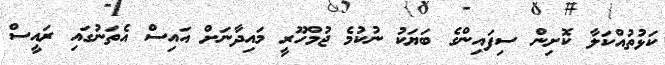
ކަޅުތުއްކަލާ ކޮށިން ސިފައިންގެ ބަޔަކު ނުކުމެ ޖުމްހޫރީ މައިދާނަށް އައިސް އެތަނުގައި ރައީސް